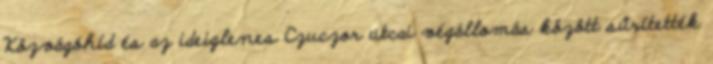
Közvágóhíd és az ideiglenes Czuczor utcai végállomás között sűrítették